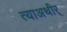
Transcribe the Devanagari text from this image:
त्याअथीर्